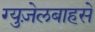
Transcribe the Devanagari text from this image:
ग्युज़ेलबाहसे